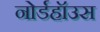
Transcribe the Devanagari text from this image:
नोर्डहॉउस